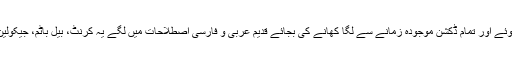
اس درون خانہ تنزلی کے ساتھ ساتھ بیرونی ثقافت کی یلغار میں یکایک جنرل ضیاءنمودار ہوئے اور تمام ڈکشن موجودہ زمانے سے لگا کھانے کی بجائے قدیم عربی و فارسی اصطلاحات میں لگے یہ کرنٹ، بیل باٹم، جیکولین ہیئرسٹائل اور آدھے انگریز آدھے ہندو پسند معاشرے کیلئے 100 والٹ کا جھٹکا ثابت ہوا۔